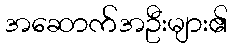
အဆောက်အဦးများ၏